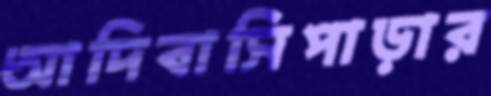
আদিবাসিপাড়ার